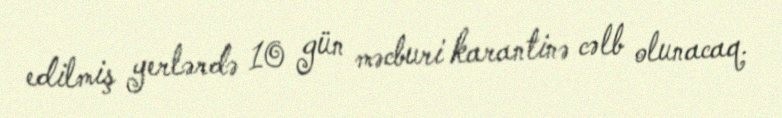
edilmiş yerlərdə 10 gün məcburi karantinə cəlb olunacaq.